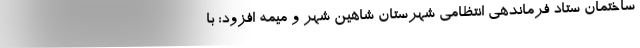
ساختمان ستاد فرماندهی انتظامی شهرستان شاهین شهر و میمه افزود: با